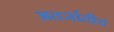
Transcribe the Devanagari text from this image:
अतर्जातीय